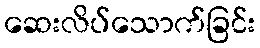
ဆေးလိပ်သောက်ခြင်း